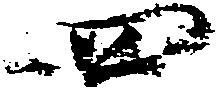
四